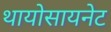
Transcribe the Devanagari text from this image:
थायोसायनेट